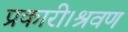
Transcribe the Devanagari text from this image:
प्रकारी।श्रवण